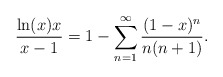
\begin{align*}{\ln(x) x \over x-1} = 1 - \sum_{n=1}^\infty {(1-x)^n\over n(n+1)}. \end{align*}